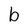
Character: b